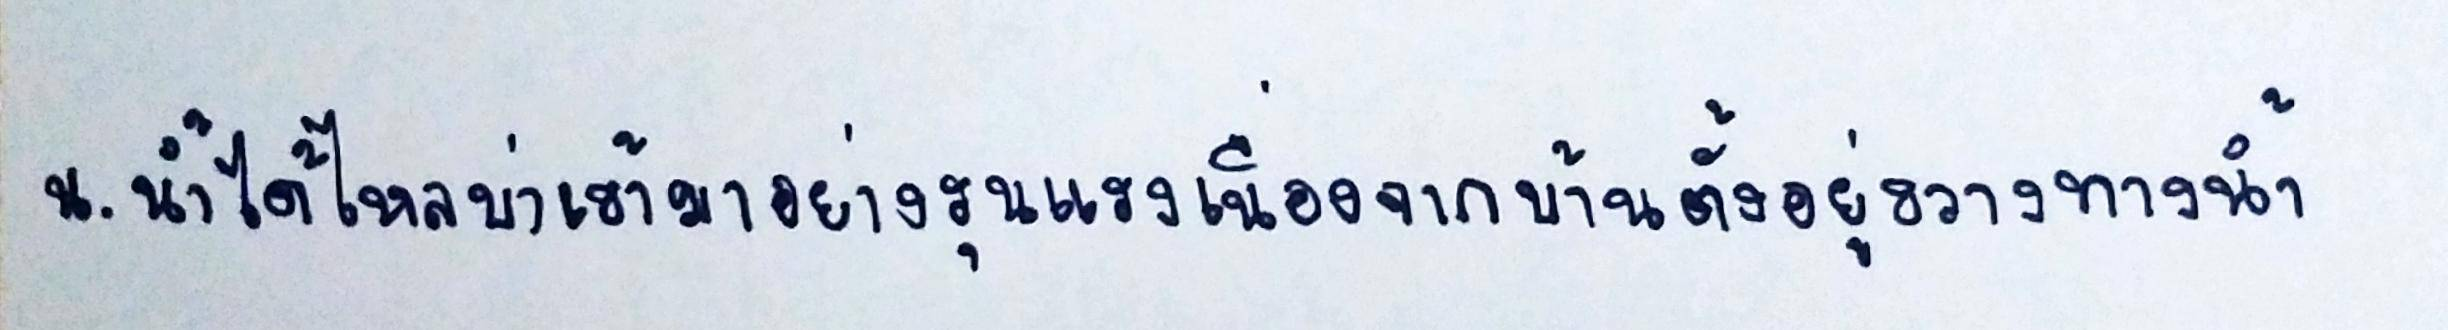
น.น้ำได้ไหลบ่าเข้ามาอย่างรุนแรงเนื่องจากบ้านตั้งอยู่ขวางทางน้ำ